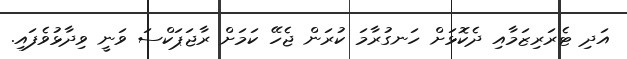
އަދި ޓެރަރިޒަމާއި ދެކޮޅަށް ހަނގުރާމަ ކުރަން ޖެހޭ ކަމަށް ރާޖަޕަކްސަ ވަނީ ވިދާޅުވެފައި.